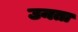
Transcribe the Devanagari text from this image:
उनता